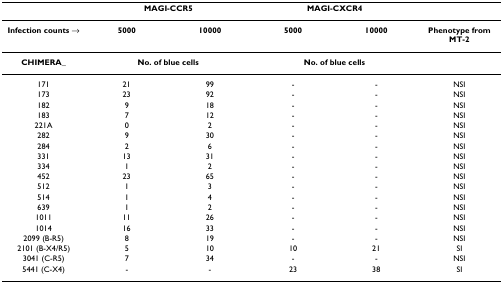
<table><thead><tr><td></td><td colspan="2"><b>MAGI-CCR5</b></td><td colspan="2"><b>MAGI-CXCR4</b></td><td></td></tr></thead><tbody><tr><td><b>Infection counts →</b></td><td><b>5000</b></td><td><b>10000</b></td><td><b>5000</b></td><td><b>10000</b></td><td><b>Phenotype from MT-2</b></td></tr><tr><td><b>CHIMERA_</b></td><td colspan="2"><b>No. of blue cells</b></td><td colspan="2"><b>No. of blue cells</b></td><td></td></tr><tr><td>171</td><td>21</td><td>99</td><td>-</td><td>-</td><td>NSI</td></tr><tr><td>173</td><td>23</td><td>92</td><td>-</td><td>-</td><td>NSI</td></tr><tr><td>182</td><td>9</td><td>18</td><td>-</td><td>-</td><td>NSI</td></tr><tr><td>183</td><td>7</td><td>12</td><td>-</td><td>-</td><td>NSI</td></tr><tr><td>221A</td><td>0</td><td>2</td><td>-</td><td>-</td><td>NSI</td></tr><tr><td>282</td><td>9</td><td>30</td><td>-</td><td>-</td><td>NSI</td></tr><tr><td>284</td><td>2</td><td>6</td><td>-</td><td>-</td><td>NSI</td></tr><tr><td>331</td><td>13</td><td>31</td><td>-</td><td>-</td><td>NSI</td></tr><tr><td>334</td><td>1</td><td>2</td><td>-</td><td>-</td><td>NSI</td></tr><tr><td>452</td><td>23</td><td>65</td><td>-</td><td>-</td><td>NSI</td></tr><tr><td>512</td><td>1</td><td>3</td><td>-</td><td>-</td><td>NSI</td></tr><tr><td>514</td><td>1</td><td>4</td><td>-</td><td>-</td><td>NSI</td></tr><tr><td>639</td><td>1</td><td>2</td><td>-</td><td>-</td><td>NSI</td></tr><tr><td>1011</td><td>11</td><td>26</td><td>-</td><td>-</td><td>NSI</td></tr><tr><td>1014</td><td>16</td><td>33</td><td>-</td><td>-</td><td>NSI</td></tr><tr><td>2099 (B-R5)</td><td>8</td><td>19</td><td>-</td><td>-</td><td>NSI</td></tr><tr><td>2101 (B-X4/R5)</td><td>5</td><td>10</td><td>10</td><td>21</td><td>SI</td></tr><tr><td>3041 (C-R5)</td><td>7</td><td>34</td><td>-</td><td>-</td><td>NSI</td></tr><tr><td>5441 (C-X4)</td><td>-</td><td>-</td><td>23</td><td>38</td><td>SI</td></tr></tbody></table>